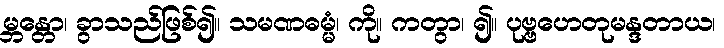
မ္ဘန္တော၊ ခွာသည်ဖြစ်၍။ သမဏဓမ္မံ၊ ကို။ ကတွာ၊ ၍။ ပုဗ္ဗဟေတုမန္ဒတာယ၊